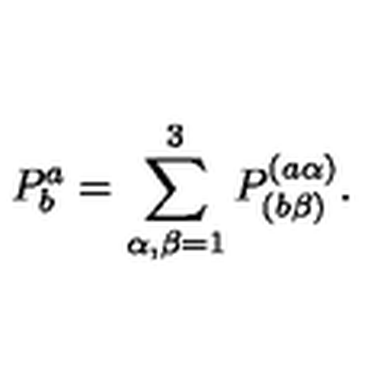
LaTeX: P _ { b } ^ { a } = \sum _ { \alpha , \beta = 1 } ^ { 3 } P _ { ( b \beta ) } ^ { ( a \alpha ) } .